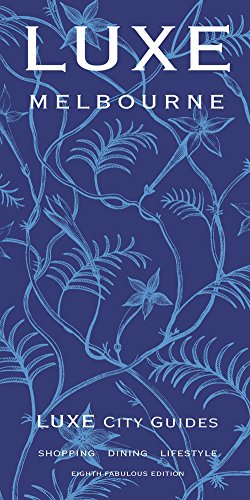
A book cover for LUXE Melbourne; LUXE City Guides; Travel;